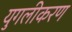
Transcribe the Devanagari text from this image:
युगलीकरण